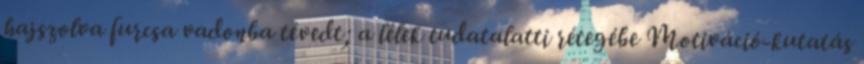
hajszolva furcsa vadonba tévedt; a lélek tudatalatti rétegébe Motiváció-kutatás